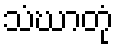
သံဃာတုံ